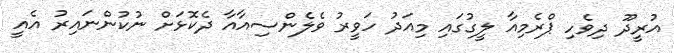
އުރީދޫ ދިވެހި ޕްރެމިއާ ލީގުގައި މިއަދު ހަވީރު ވެލެންސިއާއާ ދެކޮޅަށް ނުކުންނައިރު އެއީ